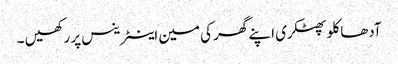
آدھا کلو پھٹکری اپنے گھر کی مین اینٹرینس پر رکھیں ۔